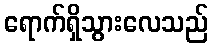
ရောက်ရှိသွားလေသည်